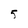
Character: 5